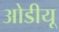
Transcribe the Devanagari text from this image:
ओडीयू